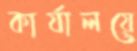
কার্যালয়ে